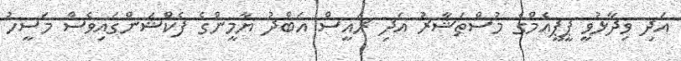
އަދި ވިދާޅުވީ ޕީޕީއެމްގެ މުސްތަޝާރު އަދި ރައީސް އަބްދު ޔާމީންގެ ފެކްޝަންގައިވެސް މަސީހު